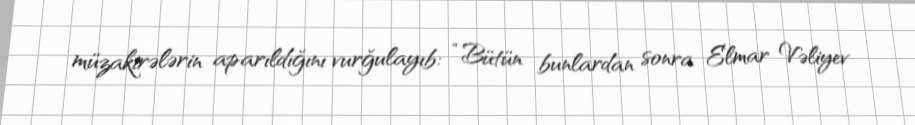
müzakirələrin aparıldığını vurğulayıb: “Bütün bunlardan sonra Elmar Vəliyev